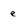
Character: e